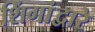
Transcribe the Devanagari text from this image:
शिंगांद्वारे